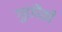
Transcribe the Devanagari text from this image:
गुहांपैकी